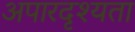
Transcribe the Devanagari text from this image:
अपारदृश्यता